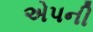
એપની